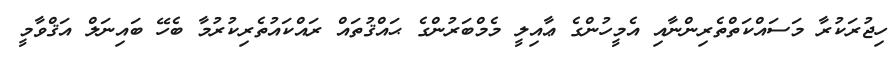
ހިޖުރަކުރާ މަސައްކަތްތެރިންނާއި އެމީހުންގެ ޢާއިލީ މެމްބަރުންގެ ޙައްޤުތައް ރައްކައުތެރިކުރުމާ ބެހޭ ބައިނަލް އަޤްވާމީ